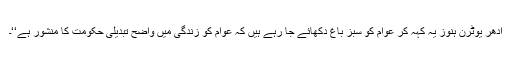
ادھر یوٹرن ہنوز یہ کہہ کر عوام کو سبز باغ دکھائے جا رہے ہیں کہ عوام کو زندگی میں واضح تبدیلی حکومت کا منشور ہے‘‘۔